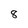
Character: 8